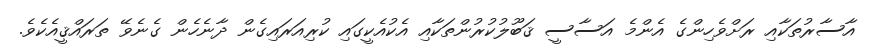
އާސާރުތަކާއި ރަށްވެހިންގެ އެންމެ އަސާސީ ޤަބޫލުކުރުންތަކާއި އެކުއެކީގައި ކުރިއަރައިގެން ދާނެހެން ގެނެވޭ ތަރައްޤީއެކެވެ.